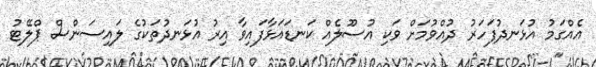
އެއްގަމު އުޅަނދުފަހަރު ދުއްވުމަށް ވަކި އުސޫލެއް ކަނޑައަޅާފައިވާ އިރު އުޅަނދުތަކުގެ ލައިސަންސް ޕްލޭޓު